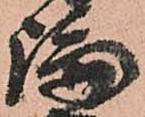
論